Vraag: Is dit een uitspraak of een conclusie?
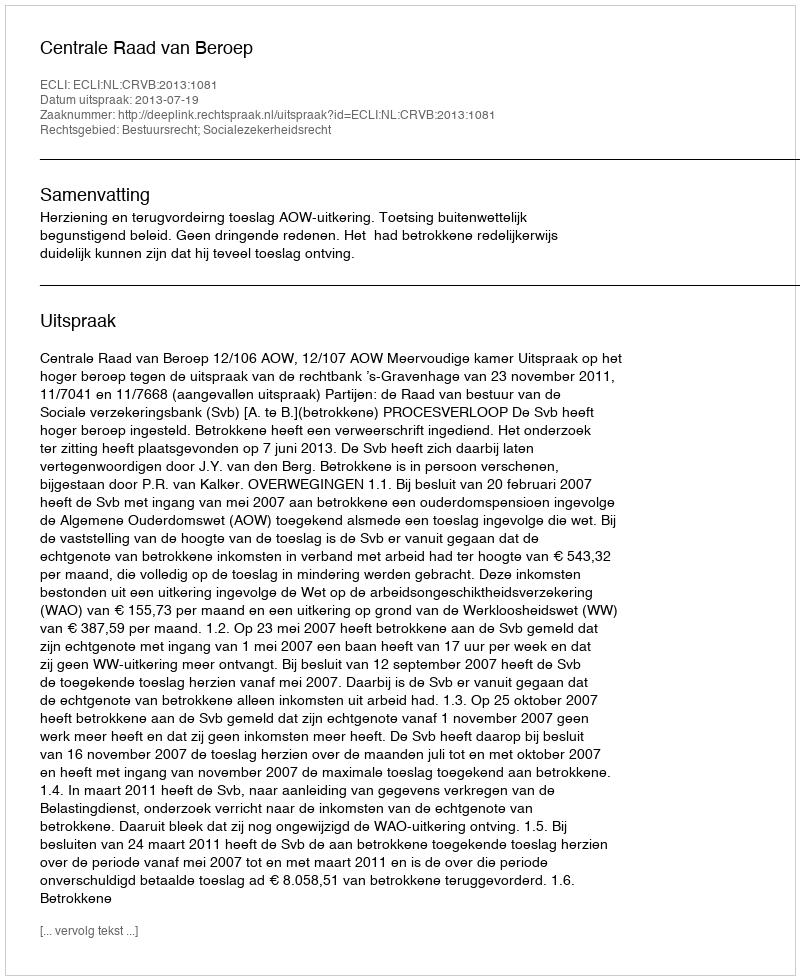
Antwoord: Uitspraak